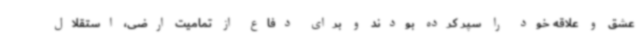
عشق و علاقه خود را سپر کرده بودند و برای دفاع از تمامیت ارضی، استقلال